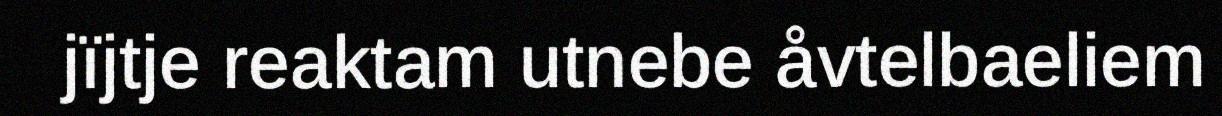
jïjtje reaktam utnebe åvtelbaeliem